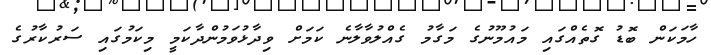
ހާމަކަން ބޮޑު ގޮތެއްގައި މައުމޫނުގެ މަގާމު ގެއްލުވާލާނެ ކަމަށް ވިދާޅުވަމުންދާކަމީ މިކަމުގައި ސަރުކާރުގެ